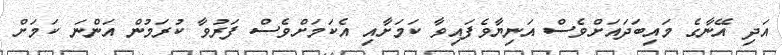
އަދި އޭނާގެ މައިބަދައަށްވެސް އަނިޔާވެފައިވާ ކަަމަށާއި އެކަމަށްވެސް ފަރުވާ ކުރަމުން އަންނަ ކަަމަށް